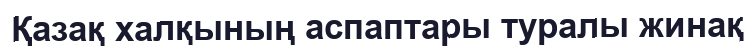
Қазақ халқының аспаптары туралы жинақ